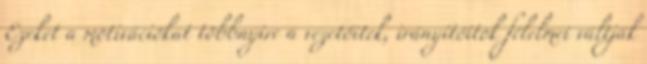
Ezeket a motivációkat többnyire a vezetőitek, irányítóitok félelmei váltják